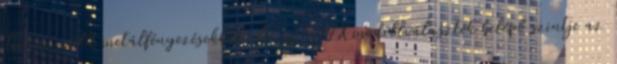
Techno-zöld metálfényezésekből. Az új 500X modellválaszték belépő szintje az